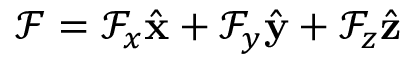
\mathcal { F } = \mathcal { F } _ { x } \hat { \mathbf { x } } + \mathcal { F } _ { y } \hat { \mathbf { y } } + \mathcal { F } _ { z } \hat { \mathbf { z } }